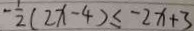
- \frac { 1 } { 2 } ( 2 x - 4 ) \leq - 2 x + 3